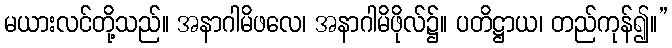
မယားလင်တို့သည်။ အနာဂါမိဖလေ၊ အနာဂါမိဖိုလ်၌။ ပတိဋ္ဌာယ၊ တည်ကုန်၍။”